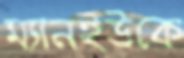
ম্যানইউকে